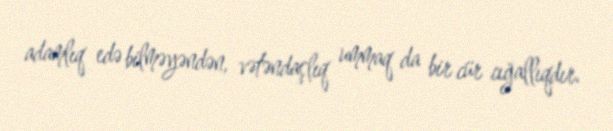
adamlıq edə bilməyəndən, vətəndaşlıq ummaq da bir cür cığallıqdır.